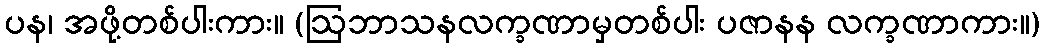
ပန၊ အဖို့တစ်ပါးကား။ (ဩဘာသနလက္ခဏာမှတစ်ပါး ပဇာနန လက္ခဏာကား။)